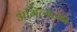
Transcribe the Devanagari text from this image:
अभित्यजन